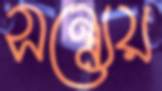
সন্ধ্যেয়